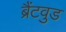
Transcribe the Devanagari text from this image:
ब्रैंटवुड